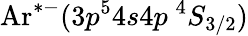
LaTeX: \mathrm{Ar}^{*-}(3p^{5}4s4p\ ^{4}S_{3/2})